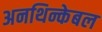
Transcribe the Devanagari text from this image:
अनथिन्केबल